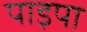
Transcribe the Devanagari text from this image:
पाइपा